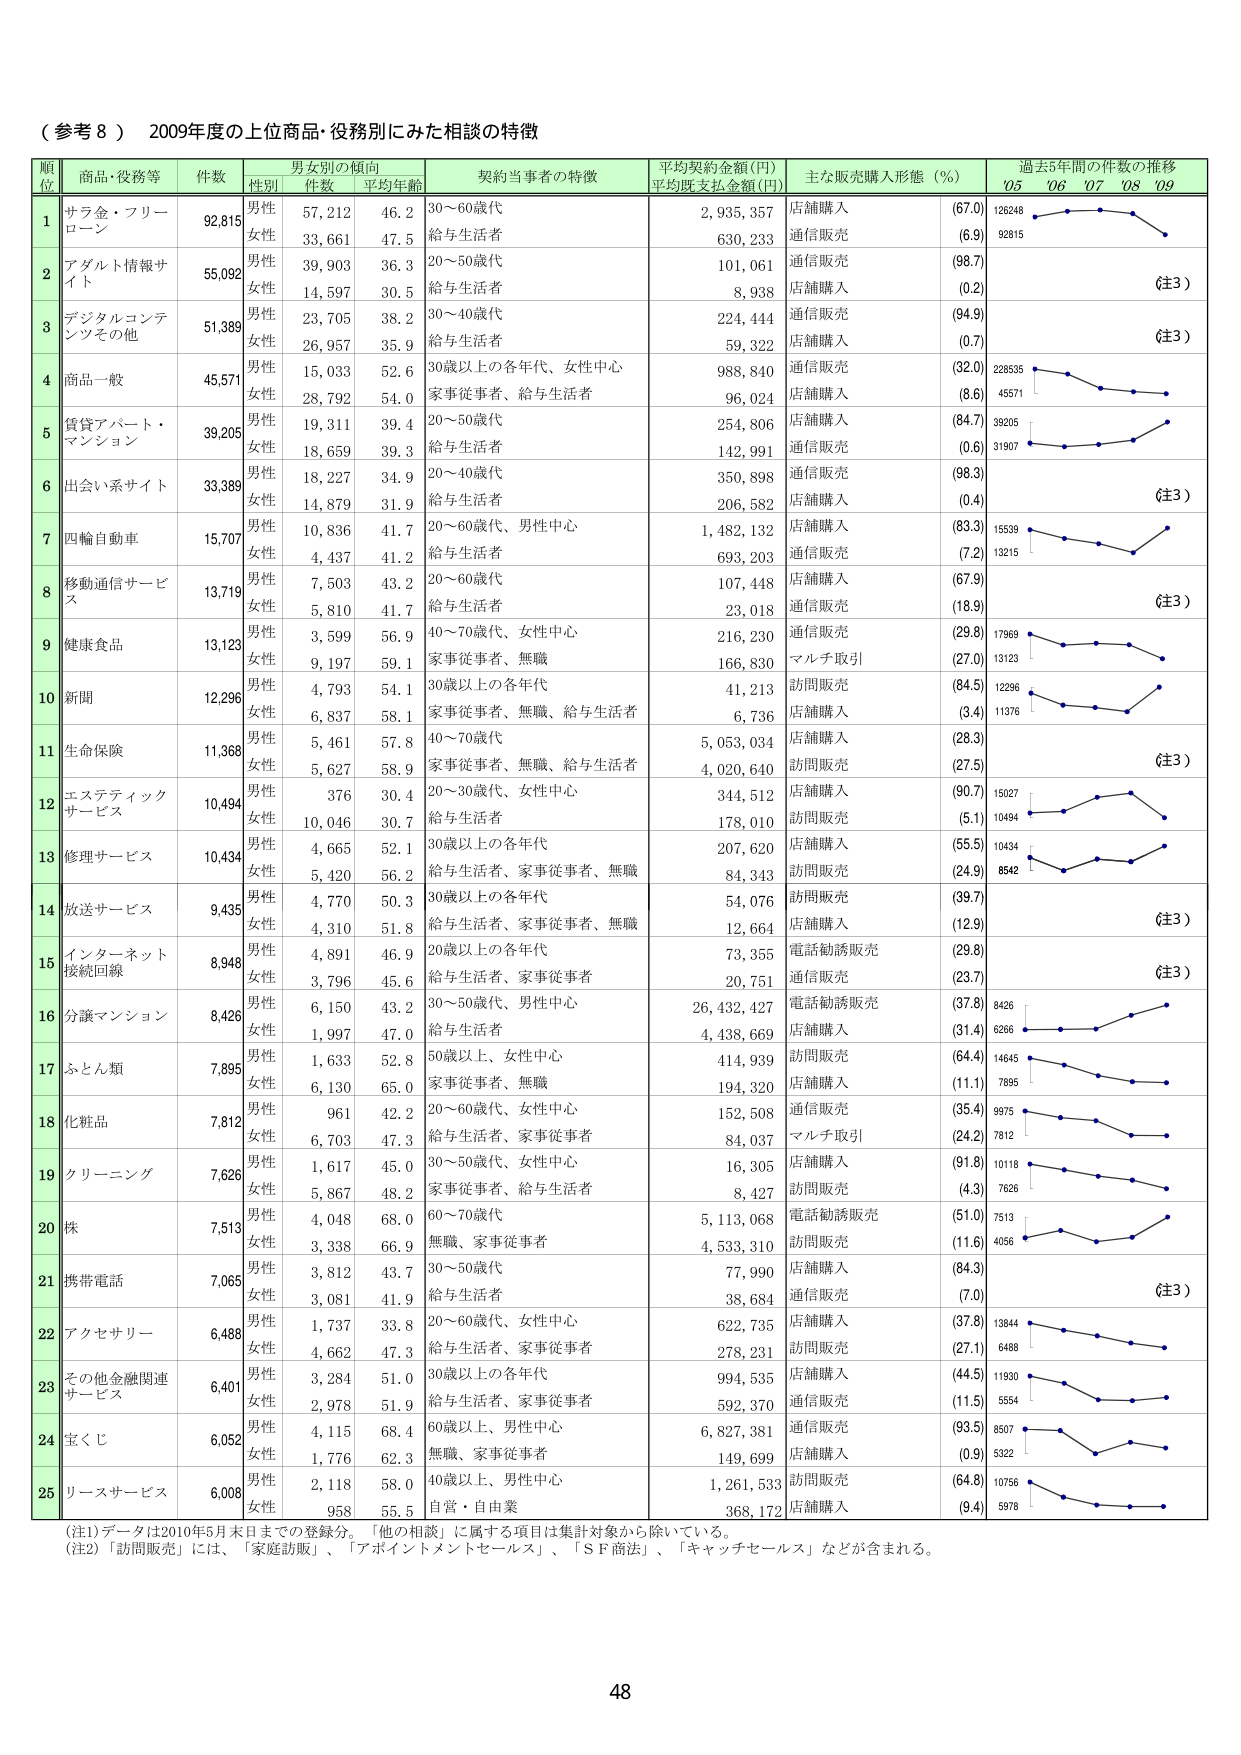
（参考８） 2009年度の上位商品・役務別にみた相談の特徴

順位 商品・役務等 件数 男女別の傾向 契約当事者の特徴 平均契約金額(円) 主な販売購入形態（％） 過去5年間の件数の推移
性別 件数 平均年齢 平均既支払金額(円) '05 '06 '07 '08 '09

1 サラ金・フリー ローン 92,815 男性 57,212 46.2 30～60歳代 2,935,357 店舗購入 (67.0) 126248
女性 33,661 47.5 給与生活者 630,233 通信販売 (6.9) 92815

2 アダルト情報サ イト 55,092 男性 39,903 36.3 20～50歳代 101,061 通信販売 (98.7)
女性 14,597 30.5 給与生活者 8,938 店舗購入 (0.2) （注3）

3 デジタルコンテ ンツその他 51,389 男性 23,705 38.2 30～40歳代 224,444 通信販売 (94.9)
女性 26,957 35.9 給与生活者 59,322 店舗購入 (0.7) （注3）

4 商品一般 45,571 男性 15,033 52.6 30歳以上の各年代、女性中心 988,840 通信販売 (32.0) 228535
女性 28,792 54.0 家事従事者、給与生活者 96,024 店舗購入 (8.6) 45571

5 貸貸アパート・ マンション 39,205 男性 19,311 39.4 20～50歳代 254,806 店舗購入 (84.7) 39205
女性 18,659 39.3 給与生活者 142,991 通信販売 (0.6) 31907

6 出会い系サイト 33,389 男性 18,227 34.9 20～40歳代 350,898 通信販売 (98.3)
女性 14,879 31.9 給与生活者 206,582 店舗購入 (0.4) （注3）

7 四輪自動車 15,707 男性 10,836 41.7 20～60歳代、男性中心 1,482,132 店舗購入 (83.3) 15539
女性 4,437 41.2 給与生活者 693,203 通信販売 (7.2) 13215

8 移動通信サービ ス 13,719 男性 7,503 43.2 20～60歳代 107,448 店舗購入 (67.9)
女性 5,810 41.7 給与生活者 23,018 通信販売 (18.9) （注3）

9 健康食品 13,123 男性 3,599 56.9 40～70歳代、女性中心 216,230 通信販売 (29.8) 17969
女性 9,197 59.1 家事従事者、無職 166,830 マルチ取引 (27.0) 13123

10 新聞 12,296 男性 4,793 54.1 30歳以上の各年代 41,213 訪問販売 (84.5) 12296
女性 6,837 58.1 家事従事者、無職、給与生活者 6,736 店舗購入 (3.4) 11376

11 生命保険 11,368 男性 5,461 57.8 40～70歳代 5,053,034 店舗購入 (28.3)
女性 5,627 58.9 家事従事者、無職、給与生活者 4,020,640 訪問販売 (27.5) （注3）

12 エステティック サービス 10,494 男性 376 30.4 20～30歳代、女性中心 344,512 店舗購入 (90.7) 15027
女性 10,046 30.7 給与生活者 178,010 訪問販売 (5.1) 10494

13 修理サービス 10,434 男性 4,665 52.1 30歳以上の各年代 207,620 店舗購入 (55.5) 10434
女性 5,420 56.2 給与生活者、家事従事者、無職 84,343 訪問販売 (24.9) 8542

14 放送サービス 9,435 男性 4,770 50.3 30歳以上の各年代 54,076 訪問販売 (39.7)
女性 4,310 51.8 給与生活者、家事従事者、無職 12,664 店舗購入 (12.9) （注3）

15 インターネット 接続回線 8,948 男性 4,891 46.9 20歳以上の各年代 73,355 電話勧誘販売 (29.8)
女性 3,796 45.6 給与生活者、家事従事者 20,751 通信販売 (23.7) （注3）

16 分譲マンション 8,426 男性 6,150 43.2 30～50歳代、男性中心 26,432,427 電話勧誘販売 (37.8) 8426
女性 1,997 47.0 給与生活者 4,438,669 店舗購入 (31.4) 6266

17 ふとん類 7,895 男性 1,633 52.8 50歳以上、女性中心 414,939 訪問販売 (64.4) 14645
女性 6,130 65.0 家事従事者、無職 194,320 店舗購入 (11.1) 7895

18 化粧品 7,812 男性 961 42.2 20～60歳代、女性中心 152,508 通信販売 (35.4) 9975
女性 6,703 47.3 給与生活者、家事従事者 84,037 マルチ取引 (24.2) 7812

19 クリーニング 7,626 男性 1,617 45.0 30～50歳代、女性中心 16,305 店舗購入 (91.8) 10118
女性 5,867 48.2 家事従事者、給与生活者 8,427 訪問販売 (4.3) 7626

20 株 7,513 男性 4,048 68.0 60～70歳代 5,113,068 電話勧誘販売 (51.0) 7513
女性 3,338 66.9 無職、家事従事者 4,533,310 訪問販売 (11.6) 4056

21 携帯電話 7,065 男性 3,812 43.7 30～50歳代 77,990 店舗購入 (84.3)
女性 3,081 41.9 給与生活者 38,684 通信販売 (7.0) （注3）

22 アクセサリー 6,488 男性 1,737 33.8 20～60歳代、女性中心 622,735 店舗購入 (37.8) 13844
女性 4,662 47.3 給与生活者、家事従事者 278,231 訪問販売 (27.1) 6488

23 その他金融関連 サービス 6,401 男性 3,284 51.0 30歳以上の各年代 994,535 店舗購入 (44.5) 11930
女性 2,978 51.9 給与生活者、家事従事者 592,370 通信販売 (11.5) 5554

24 宝くじ 6,052 男性 4,115 68.4 60歳以上、男性中心 6,827,381 通信販売 (93.5) 8507
女性 1,776 62.3 無職、家事従事者 149,699 店舗購入 (0.9) 5322

25 リースサービス 6,008 男性 2,118 58.0 40歳以上、男性中心 1,261,533 訪問販売 (64.8) 10756
女性 958 55.5 自営・自由業 368,173 店舗購入 (9.4) 5978

（注1）データは2010年5月末日までの登録分。「他の相談」に属する項目は集計対象から除いている。
（注2）「訪問販売」には、「家庭訪問」、「アポイントメントセールス」、「ＳＦ商法」、「キャッチセールス」などが含まれる。

48